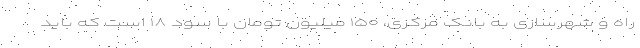
راه و شهرسازی به بانک مرکزی، ۱۵۰ میلیون تومان با سود ۱۸ است که باید